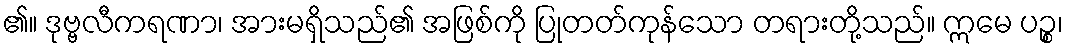
၏။ ဒုဗ္ဗလီကရဏာ၊ အားမရှိသည်၏ အဖြစ်ကို ပြုတတ်ကုန်သော တရားတို့သည်။ ဣမေ ပဉ္စ၊